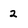
Character: 2